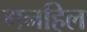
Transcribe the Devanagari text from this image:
गनहिल